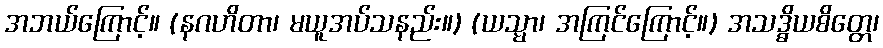
အဘယ်ကြောင့်။ (နဂဟိတာ၊ မယူအပ်သနည်း။) (ယသ္မာ၊ အကြင်ကြောင့်။) အသဒ္ဓိယစိတ္တေ၊